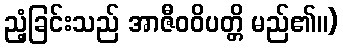
ညံ့ခြင်းသည် အာဇီဝဝိပတ္တိ မည်၏။)